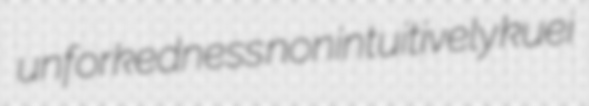
unforkedness nonintuitively kuei